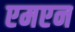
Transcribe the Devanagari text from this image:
एमएन